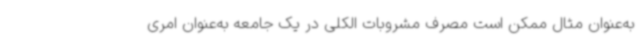
به‌عنوان مثال ممکن است مصرف مشروبات الکلی در یک جامعه به‌عنوان امری